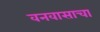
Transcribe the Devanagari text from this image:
वनवासाचा